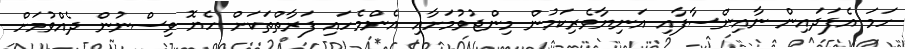
ހަމަ އެފަދައިން ނާއިންސާފާއި އަނިޔާވެރިކަމުން މިންޖުވުމަށާއި އެންމެހައި ފަރާތްތަކަށް ހެޔޮ ވިސްނުން ދެއްވުމަށް